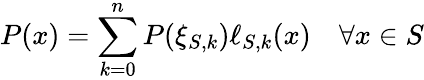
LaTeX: P(x)=\sum_{k=0}^{n}P(\xi_{S,k})\ell_{S,k}(x)\quad\forall x\in S